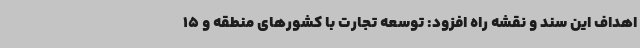
اهداف این سند و نقشه راه افزود: توسعه تجارت با کشورهای منطقه و 15